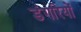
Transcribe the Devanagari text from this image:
डंगरियों